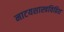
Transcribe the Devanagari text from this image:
नाटयशास्त्रविहित